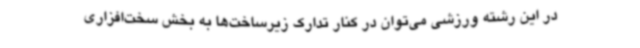
در این رشته ورزشی می‌توان در کنار تدارک زیرساخت‌ها به بخش سخت‌افزاری